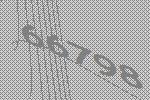
66798